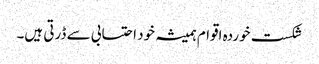
شکست خوردہ اقوام ہمیشہ خود احتسابی سے ڈرتی ہیں۔